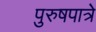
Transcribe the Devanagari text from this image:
पुरुषपात्रे